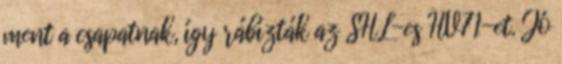
ment a csapatnak, így rábízták az SHL-es HV71-et. Jó